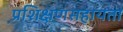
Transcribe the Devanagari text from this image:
प्रशिक्षणसहायता